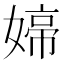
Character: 𭒑